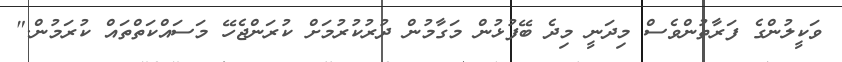
ވަކީލުންގެ ފަރާތުންވެސް މިދަނީ މިދެ ބޭފުޅުން މަގާމުން ދުރުކުރުމަށް ކުރަންޖެހޭ މަސައްކަތްތައް ކުރަމުން."